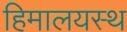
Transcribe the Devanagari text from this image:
हिमालयस्थ